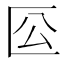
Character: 𠤰